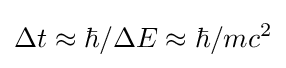
\Delta t\approx \hbar /\Delta E\approx \hbar /mc^{2}